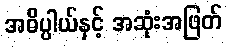
အဓိပ္ပါယ်နှင့် အဆုံးအဖြတ်